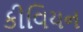
કીવિયન